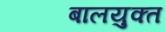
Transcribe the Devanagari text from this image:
बालयुक्त